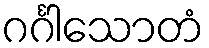
ဂင်္ဂါသောတံ